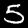
Digit: 5